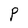
Character: P